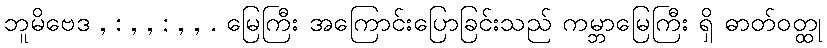
ဘူမိဗေဒ , : , , ; , , . မြေကြီး အကြောင်းပြောခြင်းသည် ကမ္ဘာမြေကြီး ရှိ ဓာတ်ဝတ္ထု